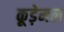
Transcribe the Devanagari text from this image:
कूड़ेमल